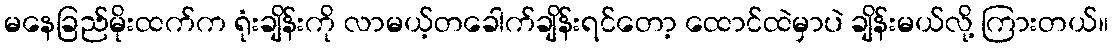
မနေခြည်မိုးထက်က ရုံးချိန်းကို လာမယ့်တခေါက်ချိန်းရင်တော့ ထောင်ထဲမှာပဲ ချိန်းမယ်လို့ ကြားတယ်။